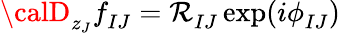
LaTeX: {\calD}_{z_{J}}f_{IJ}^{}=\mathcal{R}_{IJ}^{}\exp(i\phi_{IJ}^{})